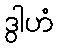
ဒွါဟံ